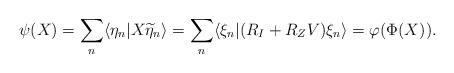
LaTeX: \begin{align*}\psi(X)=\sum_n \langle \eta_n | X \widetilde \eta_n \rangle=\sum_n \langle \xi_n | (R_I + R_ZV) \xi_n \rangle=\varphi(\Phi(X)).\end{align*}